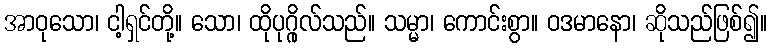
အာဝုသော၊ ငါ့ရှင်တို့။ သော၊ ထိုပုဂ္ဂိုလ်သည်။ သမ္မာ၊ ကောင်းစွာ။ ဝဒမာနော၊ ဆိုသည်ဖြစ်၍။